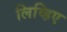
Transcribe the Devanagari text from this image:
लिव्हिए